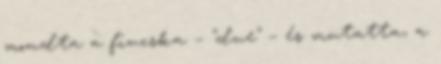
mondta a fiucska – "due" – és mutatta, a